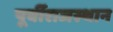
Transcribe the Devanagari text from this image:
पूर्वीराजस्थान